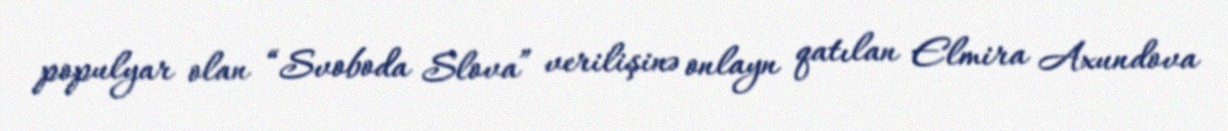
populyar olan “Svoboda Slova” verilişinə onlayn qatılan Elmira Axundova